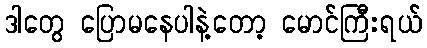
ဒါတွေ ပြောမနေပါနဲ့တော့ မောင်ကြီးရယ်